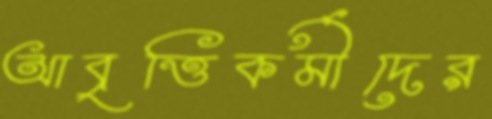
আবৃত্তিকর্মীদের